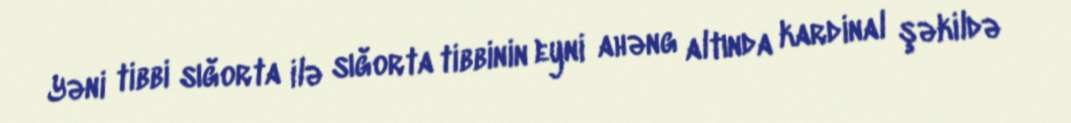
Yəni tibbi sığorta ilə sığorta tibbinin eyni ahəng altında kardinal şəkildə